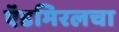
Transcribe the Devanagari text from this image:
ऍडमिरलचा